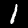
Label: 1